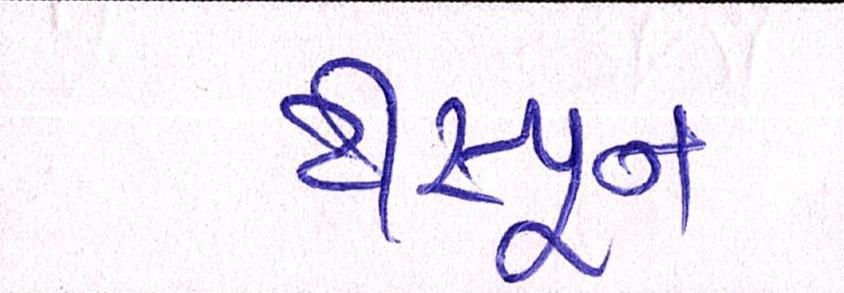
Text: ટીસ્પૂન